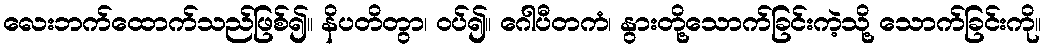
လေးဘက်ထောက်သည်ဖြစ်၍။ နိပတိတွာ၊ ဝပ်၍။ ဂေါပီတကံ၊ နွားတို့သောက်ခြင်းကဲ့သို့ သောက်ခြင်းကို။